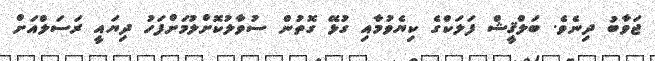
ޖަވާބު ދިނެވެ. ބަލްޤީޝް ފަލަކްގެ ކިޔެވުމާއި ގުޅޭ ގޮތުން ސުވާލުކޮށްލުމަށްފަހު ދިޔައީ ރަސަލްއަށް